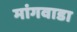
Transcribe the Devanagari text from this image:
मांगवाडा